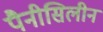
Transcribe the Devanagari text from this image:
पैनीसिलीन